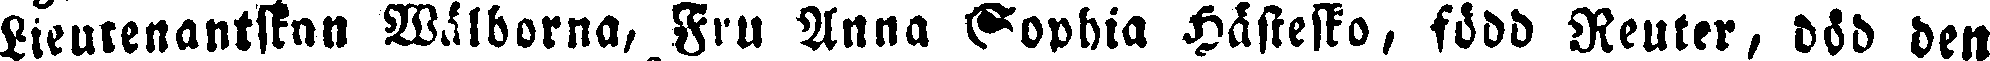
Lieutenantskan Wälborna, Fru Anna Sophia Hästesko, född Reuter, död den